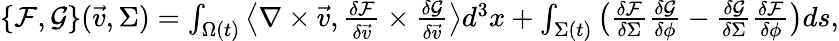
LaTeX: \begin{array}{r}{\{ \mathcal{F},\mathcal{G}\} (\vec{v},\Sigma)=\int_{\Omega(t)}\big\langle\nabla\times\vec{v},\frac{\delta\mathcal{F}}{\delta\vec{v}}\times\frac{\delta\mathcal{G}}{\delta\vec{v}}\big\rangle d^{3}x+\int_{\Sigma(t)}\big(\frac{\delta\mathcal{F}}{\delta\Sigma}\frac{\delta\mathcal{G}}{\delta\phi}-\frac{\delta\mathcal{G}}{\delta\Sigma}\frac{\delta\mathcal{F}}{\delta\phi}\big)ds,}\end{array}